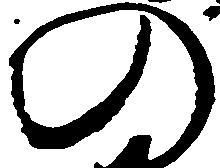
の